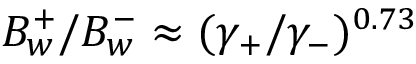
B _ { w } ^ { + } / B _ { w } ^ { - } \approx ( \gamma _ { + } / \gamma _ { - } ) ^ { 0 . 7 3 }